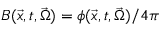
B ( \vec { x } , t , \vec { \Omega } ) = \phi ( \vec { x } , t , \vec { \Omega } ) / 4 \pi